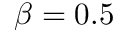
\beta = 0 . 5